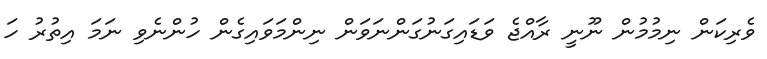
ވެރިކަން ނިމުމުން ނޫނީ ރާއްޖެ ވަޑައިގަނުގަންނަވަން ނިންމަވައިގެން ހުންނެވި ނަމަ އިތުރު ހަ